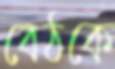
বেঠকে